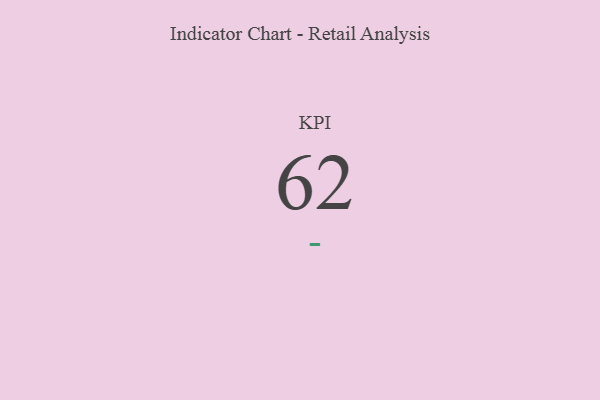
{"axis": {"x": "KPI", "y": "Value"}, "legend": [""], "data": [{"x": "KPI", "y": 62, "type": ""}]}